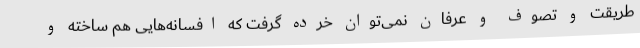
طریقت و تصوف و عرفان نمی‌توان خرده گرفت که افسانه‌هایی هم ساخته و